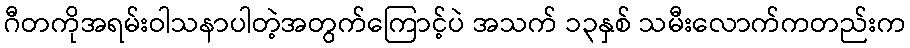
ဂီတကိုအရမ်းဝါသနာပါတဲ့အတွက်ကြောင့်ပဲ အသက် ၁၃နှစ် သမီးလောက်ကတည်းက